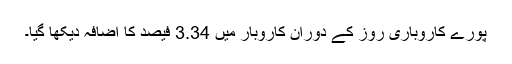
پورے کاروباری روز کے دوران کاروبار میں 3.34 فیصد کا اضافہ دیکھا گیا۔